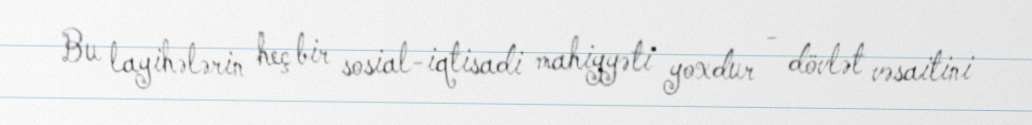
Bu layihələrin heç bir sosial-iqtisadi mahiyyəti yoxdur - dövlət vəsaitini